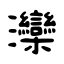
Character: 灤